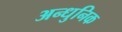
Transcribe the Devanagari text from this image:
अन्धुनिक